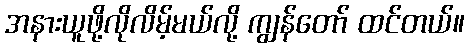
အနားယူဖို့လိုလိမ့်မယ်လို့ ကျွန်တော် ထင်တယ်။